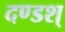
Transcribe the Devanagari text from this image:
दण्डश्